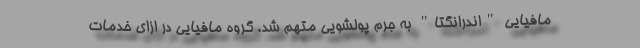
مافیایی "اندرانگتا" به جرم پولشویی متهم شد. گروه مافیایی در ازای خدمات